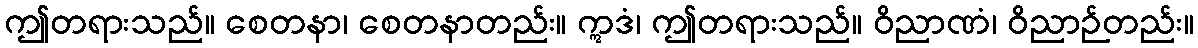
ဤတရားသည်။ စေတနာ၊ စေတနာတည်း။ ဣဒံ၊ ဤတရားသည်။ ဝိညာဏံ၊ ဝိညာဉ်တည်း။